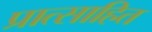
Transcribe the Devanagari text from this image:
प्रात्साहित